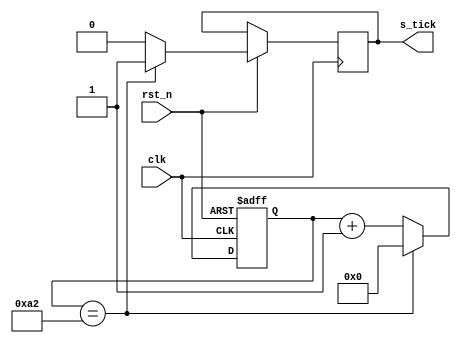
`timescale 1ns / 1ps

module baud_generator#(parameter N=163,N_width=8)
	(
	input clk,rst_n,
	output reg s_tick
    );
	 reg[N_width-1:0] counter=0;
	 always @(posedge clk,negedge rst_n) begin
		if(!rst_n) counter<=0;
		else begin
			s_tick=0;
			if(counter==N-1) begin
				s_tick=1;
				counter<=0;
			end
			else begin
				counter<=counter+1;
			end
			
		end
	 end
	 
endmodule